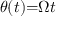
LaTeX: \theta ( t ) { = } \Omega t